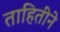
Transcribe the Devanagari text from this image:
ताहितीने